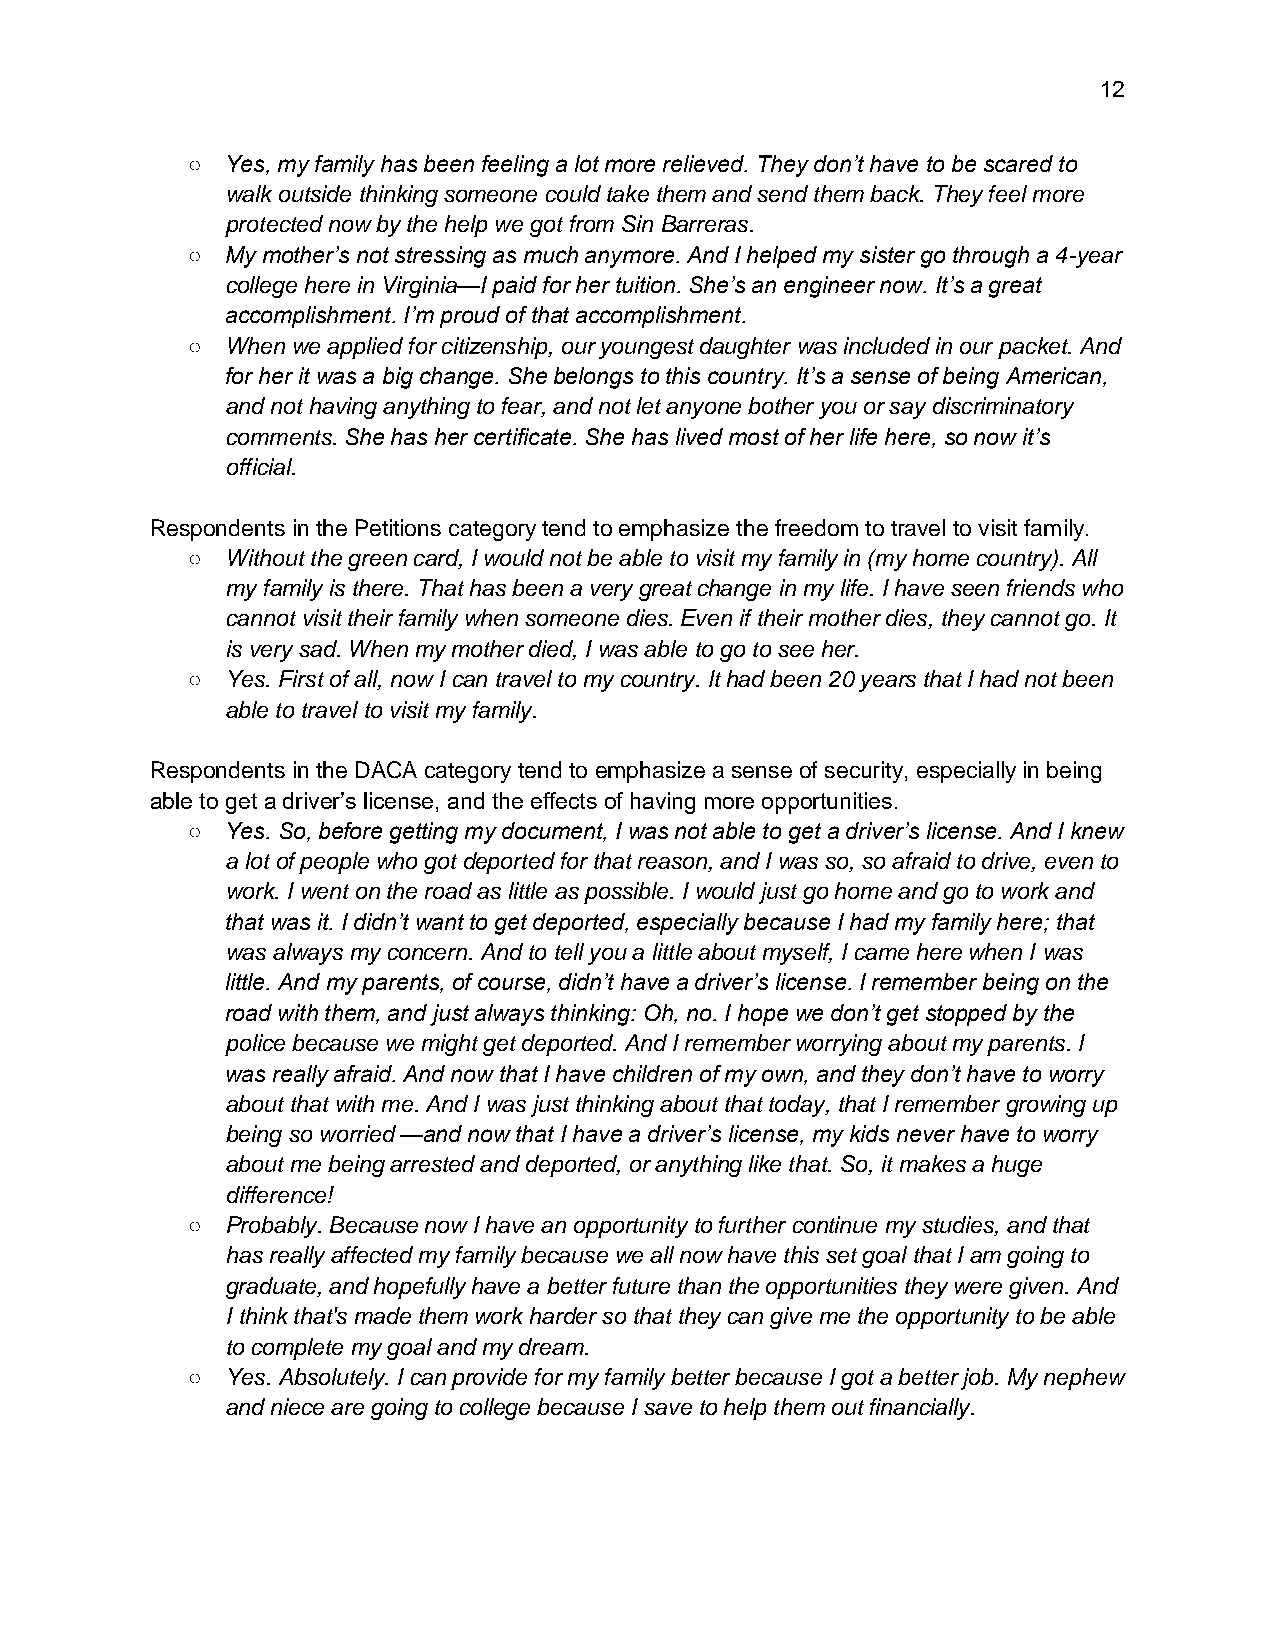
12
 ○  Yes, my family has been feeling a lot more relieved. They don’t have to be scared to
 walk outside thinking someone could take them and send them back. They feel more
 protected now by the help we got from Sin Barreras.
 ○  My mother’s not stressing as much anymore. And I helped my sister go through a 4-year
 college here in Virginia—I paid for her tuition. She’s an engineer now. It’s a great
 accomplishment. I’m proud of that accomplishment.
 ○  When we applied for citizenship, our youngest daughter was included in our packet. And
 for her it was a big change. She belongs to this country. It’s a sense of being American,
 and not having anything to fear, and not let anyone bother you or say discriminatory
 comments. She has her certificate. She has lived most of her life here, so now it’s
 official.
 Respondents in the Petitions category tend to emphasize the freedom to travel to visit family.
 ○  Without the green card, I would not be able to visit my family in (my home country). All
 my family is there. That has been a very great change in my life. I have seen friends who
 cannot visit their family when someone dies. Even if their mother dies, they cannot go. It
 is very sad. When my mother died, I was able to go to see her.
 ○  Yes. First of all, now I can travel to my country. It had been 20 years that I had not been
 able to travel to visit my family.
 Respondents in the DACA category tend to emphasize a sense of security, especially in being
 able to get a driver’s license, and the effects of having more opportunities.
 ○  Yes. So, before getting my document, I was not able to get a driver’s license. And I knew
 a lot of people who got deported for that reason, and I was so, so afraid to drive, even to
 work. I went on the road as little as possible. I would just go home and go to work and
 that was it. I didn’t want to get deported, especially because I had my family here; that
 was always my concern. And to tell you a little about myself, I came here when I was
 little. And my parents, of course, didn’t have a driver’s license. I remember being on the
 road with them, and just always thinking: Oh, no. I hope we don’t get stopped by the
 police because we might get deported. And I remember worrying about my parents. I
 was really afraid. And now that I have children of my own, and they don’t have to worry
 about that with me. And I was just thinking about that today, that I remember growing up
 being so worried —and now that I have a driver’s license, my kids never have to worry
 about me being arrested and deported, or anything like that. So, it makes a huge
 difference!
 ○  Probably. Because now I have an opportunity to further continue my studies, and that
 has really affected my family because we all now have this set goal that I am going to
 graduate, and hopefully have a better future than the opportunities they were given. And
 I think that's made them work harder so that they can give me the opportunity to be able
 to complete my goal and my dream.
 ○  Yes. Absolutely. I can provide for my family better because I got a better job. My nephew
 and niece are going to college because I save to help them out financially.